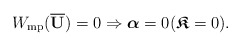
\begin{align*} W_{\rm{mp}}( \overline{ \mathbf{U}})=0\Rightarrow\boldsymbol{\alpha}=0 (\boldsymbol{\mathfrak{K}}=0). \end{align*}